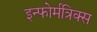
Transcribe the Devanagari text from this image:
इन्फोर्मत्रिक्स